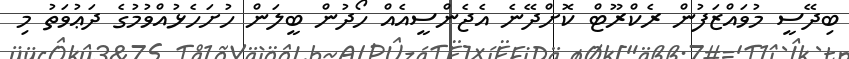
ބިދޭސީ މުވައްޒަފުން ރެކްރޫޓް ކޮށްދޭނެ އެޖެންސީއެއް ހޯދުން ބީލަން ހުށަހެޅުއްވުމުގެ ދަޢުވަތު މި